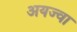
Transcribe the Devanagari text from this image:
अयज्वा